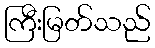
ကြီးမြတ်သည်